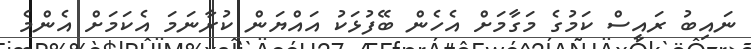
ނައިބު ރައީސް ކަމުގެ މަގާމަށް އެހެން ބޭފުޅަކު އައްޔަން ކުރާނަމަ އެކަމަށް އެންމެ